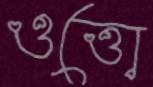
ওত্তো